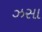
ઝસા